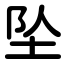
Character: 坠